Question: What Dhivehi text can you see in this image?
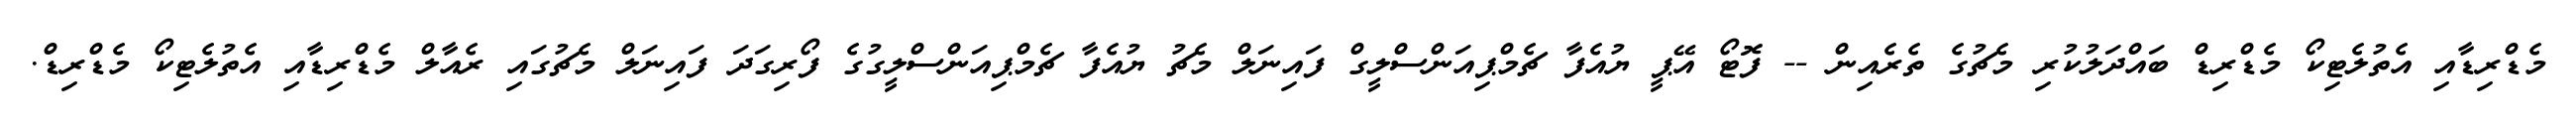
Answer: މެޑްރިޑާއި އެތުލެޓިކޯ މެޑްރިޑް ބައްދަލުކުރި މެޗުގެ ތެރެއިން -- ފޮޓޯ އޭޕީ ޔުއެފާ ޗެމްޕިއަންސްލީގް ފައިނަލް މެޗު ޔުއެފާ ޗެމްޕިއަންސްލީގުގެ ފޯރިގަދަ ފައިނަލް މެޗުގައި ރެއާލް މެޑްރިޑާއި އެތުލެޓިކޯ މެޑްރިޑް.